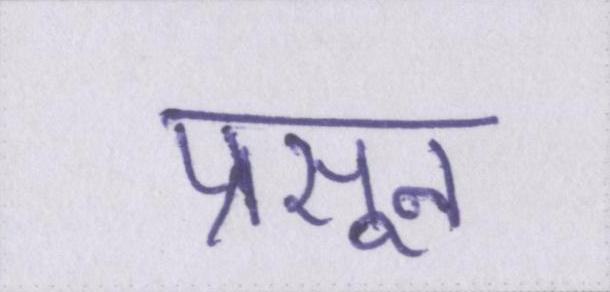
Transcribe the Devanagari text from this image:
प्रसून